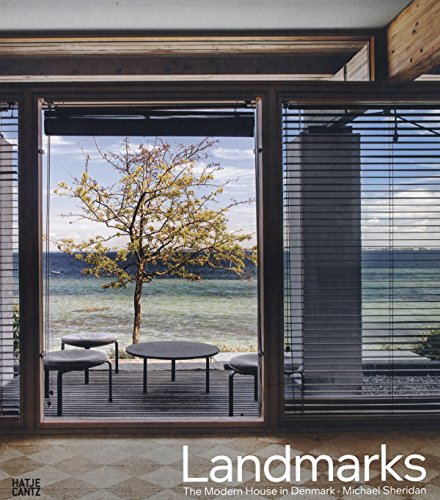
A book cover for Landmarks: The Modern House in Denmark; Michael Sheridan; Arts & Photography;